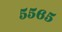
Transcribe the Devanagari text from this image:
५५६५